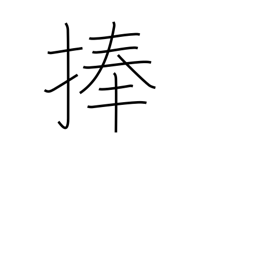
Meaning: consecrate